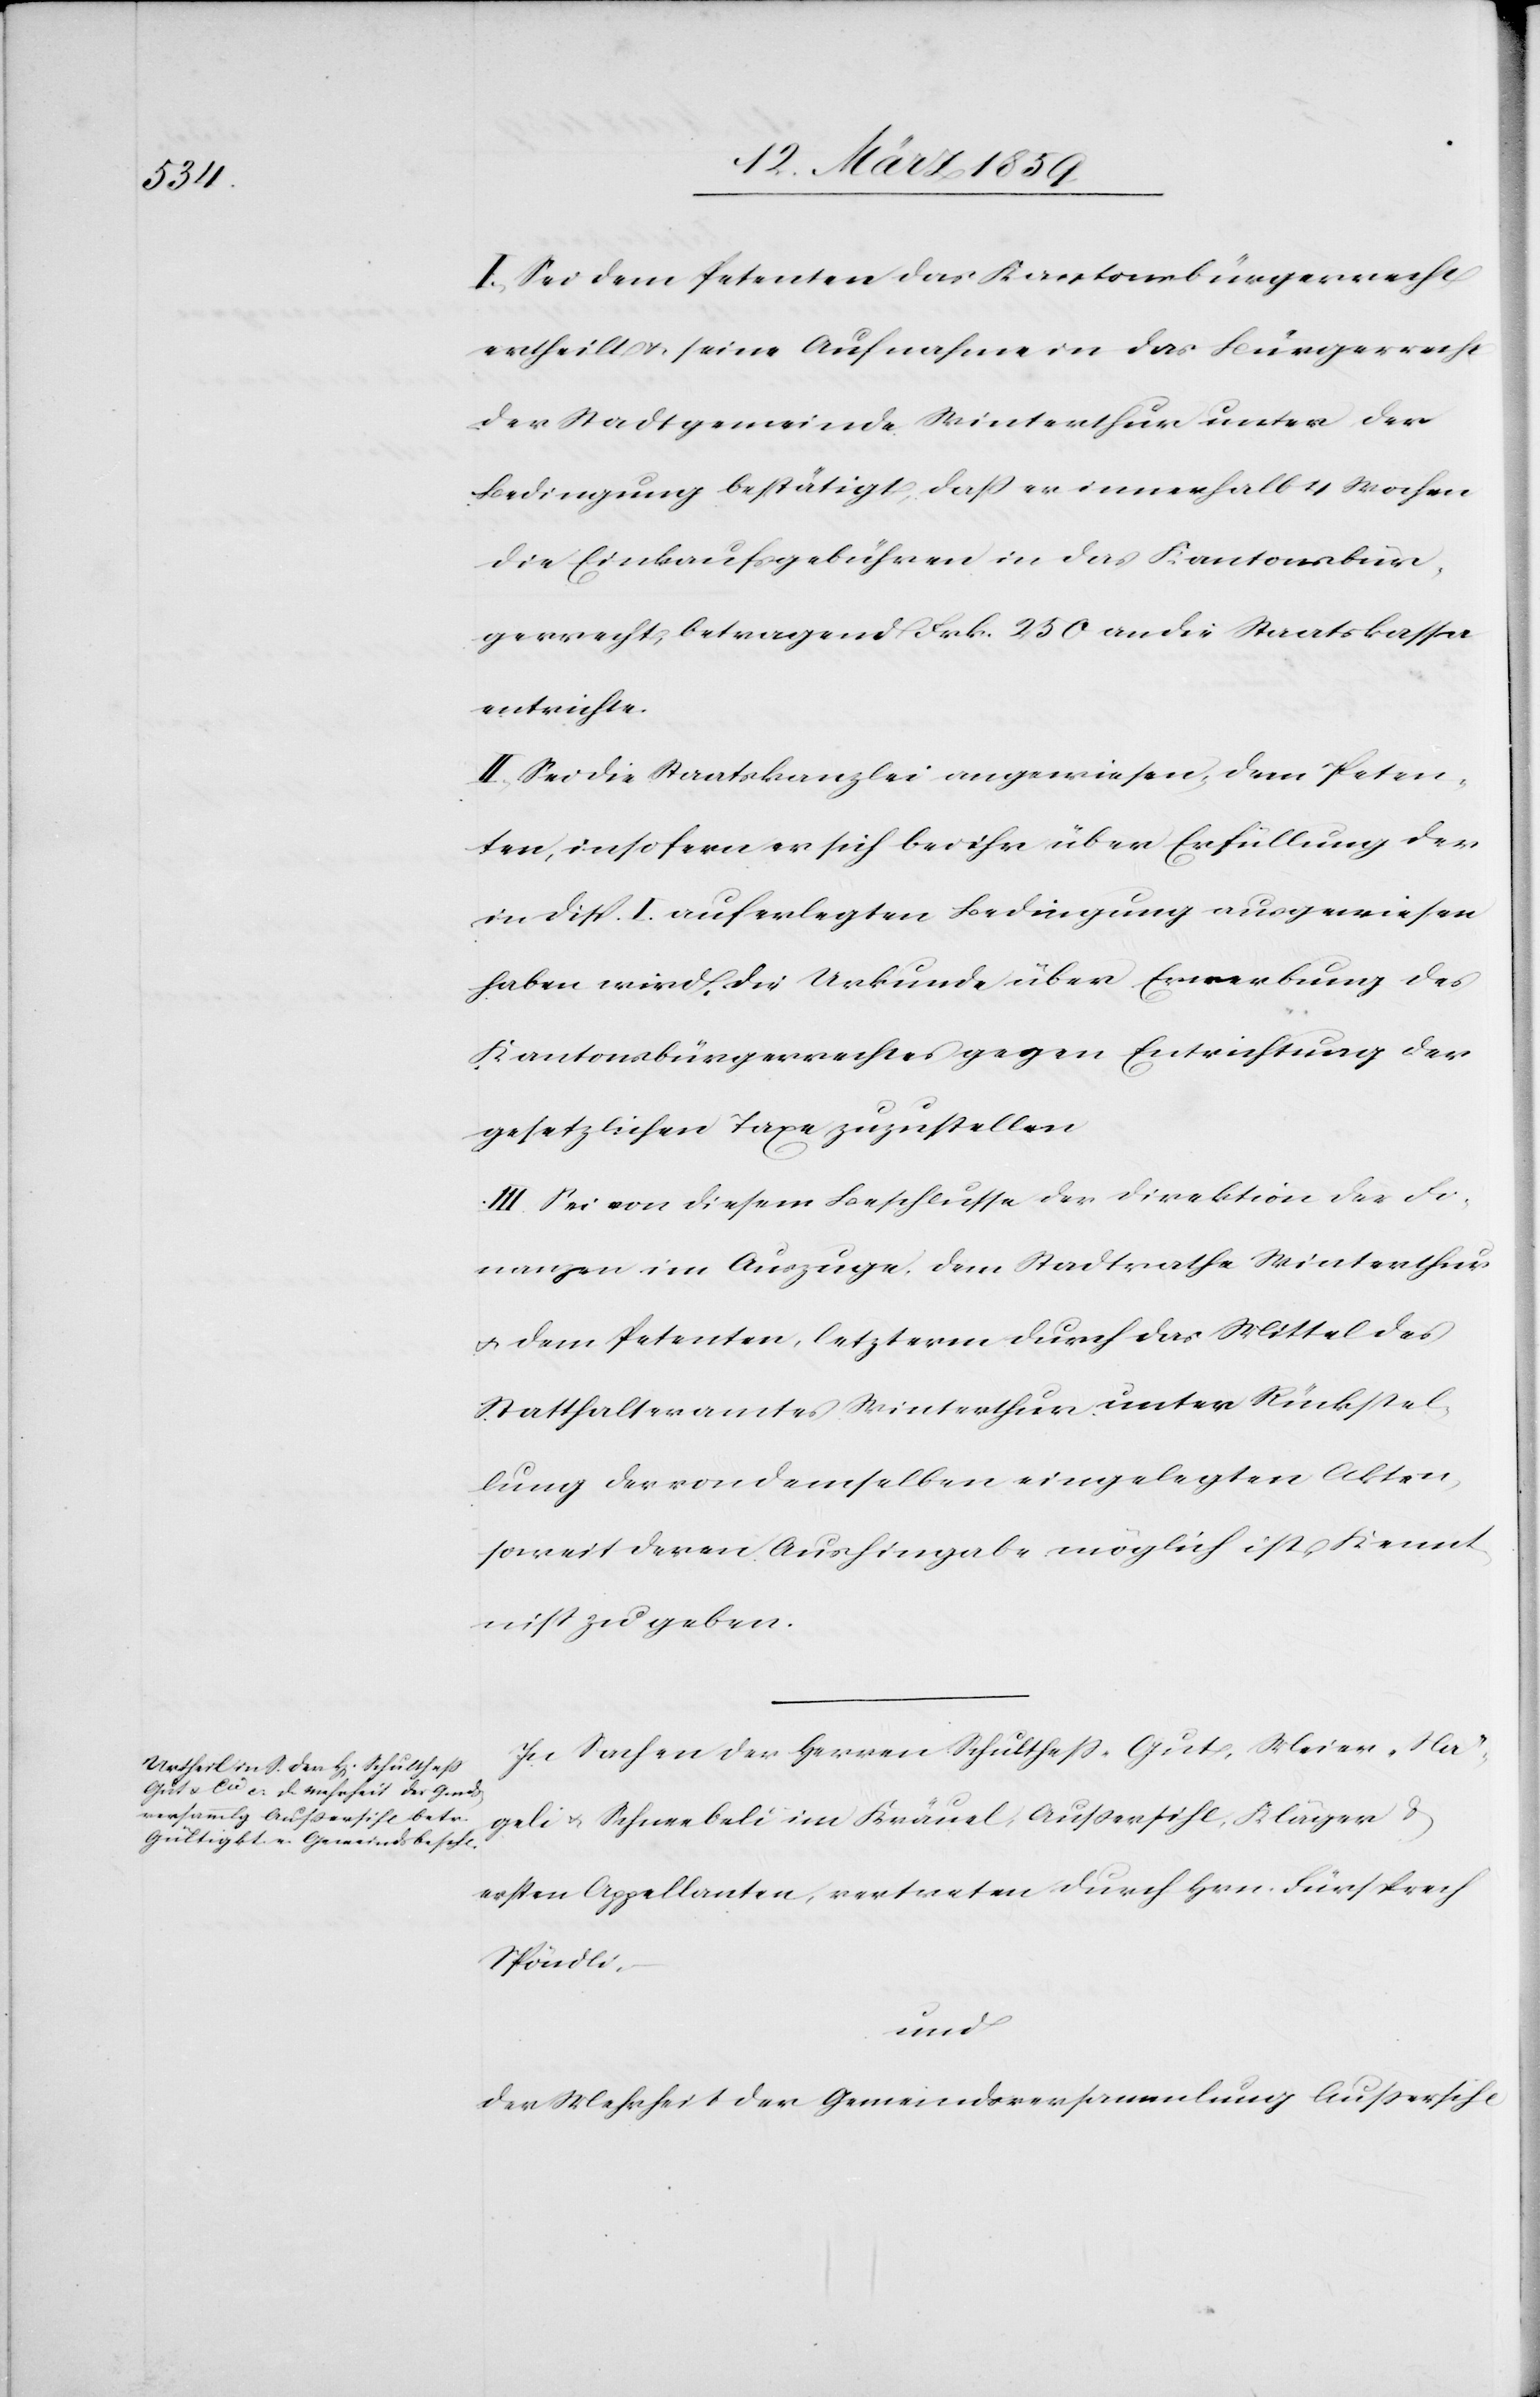
I. Sei dem Petenten das Kantonsbürgerrecht
ertheilt u. seine Aufnahme in das Bürgerrecht
der Stadtgemeinde Winterthur unter der
Bedingung bestätigt, daß er innerhalb 4 Wochen
die Einkaufsgebühren in das Kantonsbür¬
gerrecht, betragend Frk. 250 an die Staatskassa
entrichte.
II. Sei die Staatskanzlei angewiesen, dem Peten¬
ten, insofern er sich bei ihr über Erfüllung der
in Disp. I. auferlegten Bedingung ausgewiesen
haben wird, die Urkunde über Erwerbung des
Kantonsbürgerrechtes gegen Entrichtung der
gesetzlichen Taxe zuzustellen.
III. Sei von diesem Beschlusse der Direktion der Fi¬
nanzen im Auszuge, dem Stadtrathe Winterthur
u. dem Petenten, letzterm durch das Mittel des
Statthalteramtes Winterthur unter Rückstel¬
lung der von demselben eingelegten Akten,
soweit deren Aushingabe möglich ist, Kennt¬
niß zu geben.
In Sachen der Herren Schultheß-Gut, Meier-Nä¬
geli u. Schneebeli im Kräuel, Außersihl, Kläger &
ersten Appellanten, vertreten durch Hrn. Fürsprech
Spöndli,
und
der Mehrheit der Gemeindsversammlung Außersihl